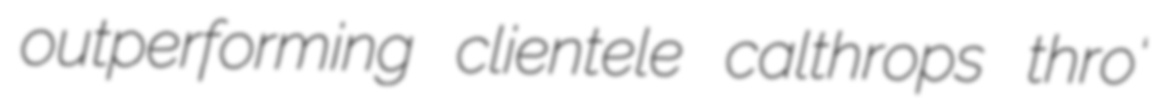
outperforming clientele calthrops thro'